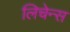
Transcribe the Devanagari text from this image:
लिचेन्स